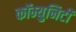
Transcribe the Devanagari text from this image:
कॉम्युनिटी